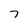
Character: 7